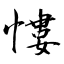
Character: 慺